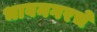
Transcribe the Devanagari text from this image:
भावनगरचे